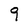
Character: 9